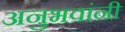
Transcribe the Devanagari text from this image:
अनुभवांनी